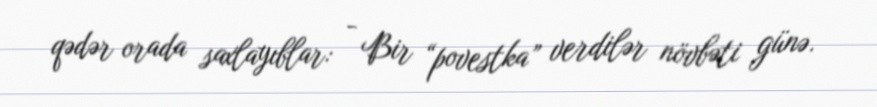
qədər orada saxlayıblar: - Bir “povestka” verdilər növbəti günə.